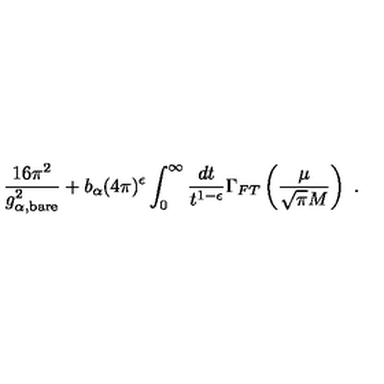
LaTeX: \frac { 1 6 \pi ^ { 2 } } { g _ { \alpha , { \scriptstyle \mathrm { b a r e } } } ^ { 2 } } + b _ { \alpha } ( 4 \pi ) ^ { \epsilon } \int _ { 0 } ^ { \infty } \frac { d t } { t ^ { 1 - \epsilon } } \Gamma _ { F T } \left( \frac { \mu } { \sqrt { \pi } M } \right) \ .